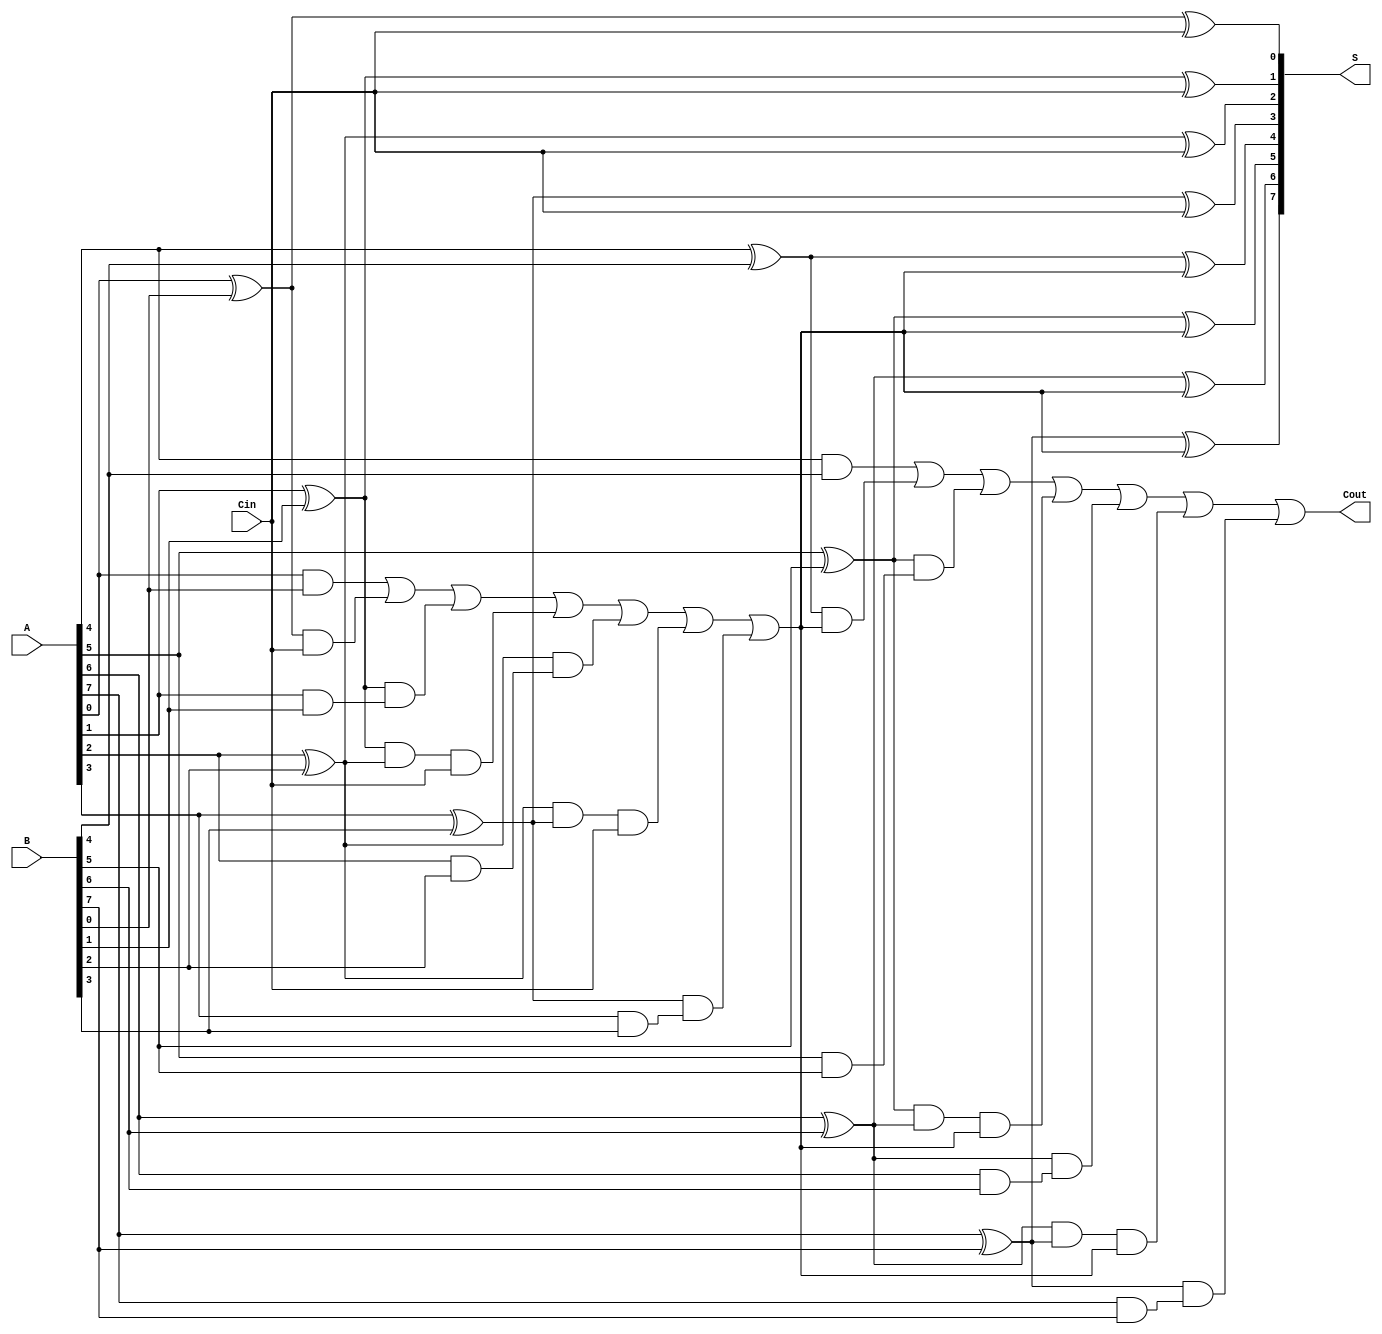
module HanCarlsonAdder #(parameter N = 8) (
    input  [N-1:0] A,      // First n-bit input
    input  [N-1:0] B,      // Second n-bit input
    input         Cin,      // Input carry
    output [N-1:0] S,      // n-bit sum output
    output        Cout      // Output carry
);

    // Internal signals
    wire [N/4:0] C;         // Carry signals for each group
    wire [N-1:0] P;         // Propagate signals
    wire [N-1:0] G;         // Generate signals

    // Generate and propagate signals
    genvar i;
    generate
        for (i = 0; i < N; i = i + 1) begin : gen_prop
            assign P[i] = A[i] ^ B[i]; // Propagate
            assign G[i] = A[i] & B[i]; // Generate
        end
    endgenerate

    // Carry generation for groups of 4 bits
    assign C[0] = Cin; // Initial carry in
    generate
        for (i = 0; i < N/4; i = i + 1) begin : carry_gen
            assign C[i + 1] = G[i*4] | (P[i*4] & C[i]) |
                              (P[i*4 + 1] & G[i*4 + 1]) |
                              (P[i*4 + 1] & P[i*4 + 2] & C[i]) |
                              (P[i*4 + 2] & G[i*4 + 2]) |
                              (P[i*4 + 2] & P[i*4 + 3] & C[i]) |
                              (P[i*4 + 3] & G[i*4 + 3]);
        end
    endgenerate

    // Sum calculation
    generate
        for (i = 0; i < N; i = i + 1) begin : sum_calc
            assign S[i] = P[i] ^ C[i/4]; // Sum
        end
    endgenerate

    // Final carry out
    assign Cout = C[N/4];

endmodule